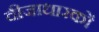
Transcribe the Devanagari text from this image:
वीजाधारकों